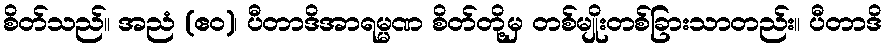
စိတ်သည်။ အညံ (ဧဝ)၊ ပီတာဒိအာရမ္မဏ စိတ်တို့မှ တစ်မျိုးတစ်ခြားသာတည်း။ ပီတာဒိ